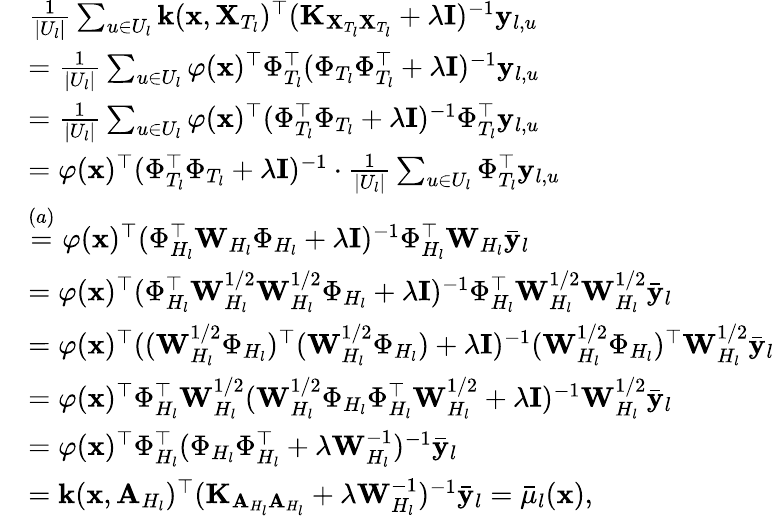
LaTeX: \begin{array}{rl}&{\frac{1}{|U_{l}|}\sum_{u\in U_{l}}\mathbf{k}(\mathbf{x},\mathbf{X}_{T_{l}})^{\top}(\mathbf{K}_{\mathbf{X}_{T_{l}}\mathbf{X}_{T_{l}}}+\lambda\mathbf{I})^{-1}\mathbf{y}_{l,u}}\\ &{=\frac{1}{|U_{l}|}\sum_{u\in U_{l}}\varphi(\mathbf{x})^{\top}\Phi_{T_{l}}^{\top}(\Phi_{T_{l}}\Phi_{T_{l}}^{\top}+\lambda\mathbf{I})^{-1}\mathbf{y}_{l,u}}\\ &{=\frac{1}{|U_{l}|}\sum_{u\in U_{l}}\varphi(\mathbf{x})^{\top}(\Phi_{T_{l}}^{\top}\Phi_{T_{l}}+\lambda\mathbf{I})^{-1}\Phi_{T_{l}}^{\top}\mathbf{y}_{l,u}}\\ &{=\varphi(\mathbf{x})^{\top}(\Phi_{T_{l}}^{\top}\Phi_{T_{l}}+\lambda\mathbf{I})^{-1}\cdot\frac{1}{|U_{l}|}\sum_{u\in U_{l}}\Phi_{T_{l}}^{\top}\mathbf{y}_{l,u}}\\ &{\overset{(a)}{=}\varphi(\mathbf{x})^{\top}(\Phi_{H_{l}}^{\top}\mathbf{W}_{H_{l}}\Phi_{H_{l}}+\lambda\mathbf{I})^{-1}\Phi_{H_{l}}^{\top}\mathbf{W}_{H_{l}}\bar{\mathbf{y}}_{l}}\\ &{=\varphi(\mathbf{x})^{\top}(\Phi_{H_{l}}^{\top}\mathbf{W}_{H_{l}}^{1/2}\mathbf{W}_{H_{l}}^{1/2}\Phi_{H_{l}}+\lambda\mathbf{I})^{-1}\Phi_{H_{l}}^{\top}\mathbf{W}_{H_{l}}^{1/2}\mathbf{W}_{H_{l}}^{1/2}\bar{\mathbf{y}}_{l}}\\ &{=\varphi(\mathbf{x})^{\top}((\mathbf{W}_{H_{l}}^{1/2}\Phi_{H_{l}})^{\top}(\mathbf{W}_{H_{l}}^{1/2}\Phi_{H_{l}})+\lambda\mathbf{I})^{-1}(\mathbf{W}_{H_{l}}^{1/2}\Phi_{H_{l}})^{\top}\mathbf{W}_{H_{l}}^{1/2}\bar{\mathbf{y}}_{l}}\\ &{=\varphi(\mathbf{x})^{\top}\Phi_{H_{l}}^{\top}\mathbf{W}_{H_{l}}^{1/2}(\mathbf{W}_{H_{l}}^{1/2}\Phi_{H_{l}}\Phi_{H_{l}}^{\top}\mathbf{W}_{H_{l}}^{1/2}+\lambda\mathbf{I})^{-1}\mathbf{W}_{H_{l}}^{1/2}\bar{\mathbf{y}}_{l}}\\ &{=\varphi(\mathbf{x})^{\top}\Phi_{H_{l}}^{\top}(\Phi_{H_{l}}\Phi_{H_{l}}^{\top}+\lambda\mathbf{W}_{H_{l}}^{-1})^{-1}\bar{\mathbf{y}}_{l}}\\ &{=\mathbf{k}(\mathbf{x},\mathbf{A}_{H_{l}})^{\top}(\mathbf{K}_{\mathbf{A}_{H_{l}}\mathbf{A}_{H_{l}}}+\lambda\mathbf{W}_{H_{l}}^{-1})^{-1}\bar{\mathbf{y}}_{l}=\bar{\mu}_{l}(\mathbf{x}),}\end{array}